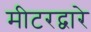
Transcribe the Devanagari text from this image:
मीटरद्वारे